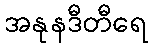
အနုနဒီတီရေ